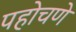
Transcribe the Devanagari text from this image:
पहोचणे